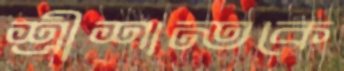
শ্রীশান্তকে